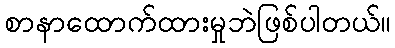
စာနာထောက်ထားမှုဘဲဖြစ်ပါတယ်။